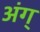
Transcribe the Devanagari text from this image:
अंग्